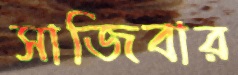
সাজিবার